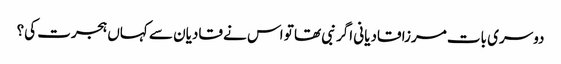
دوسری بات مرزا قادیانی اگر نبی تھا تو اس نے قادیان سے کہاں ہجرت کی؟